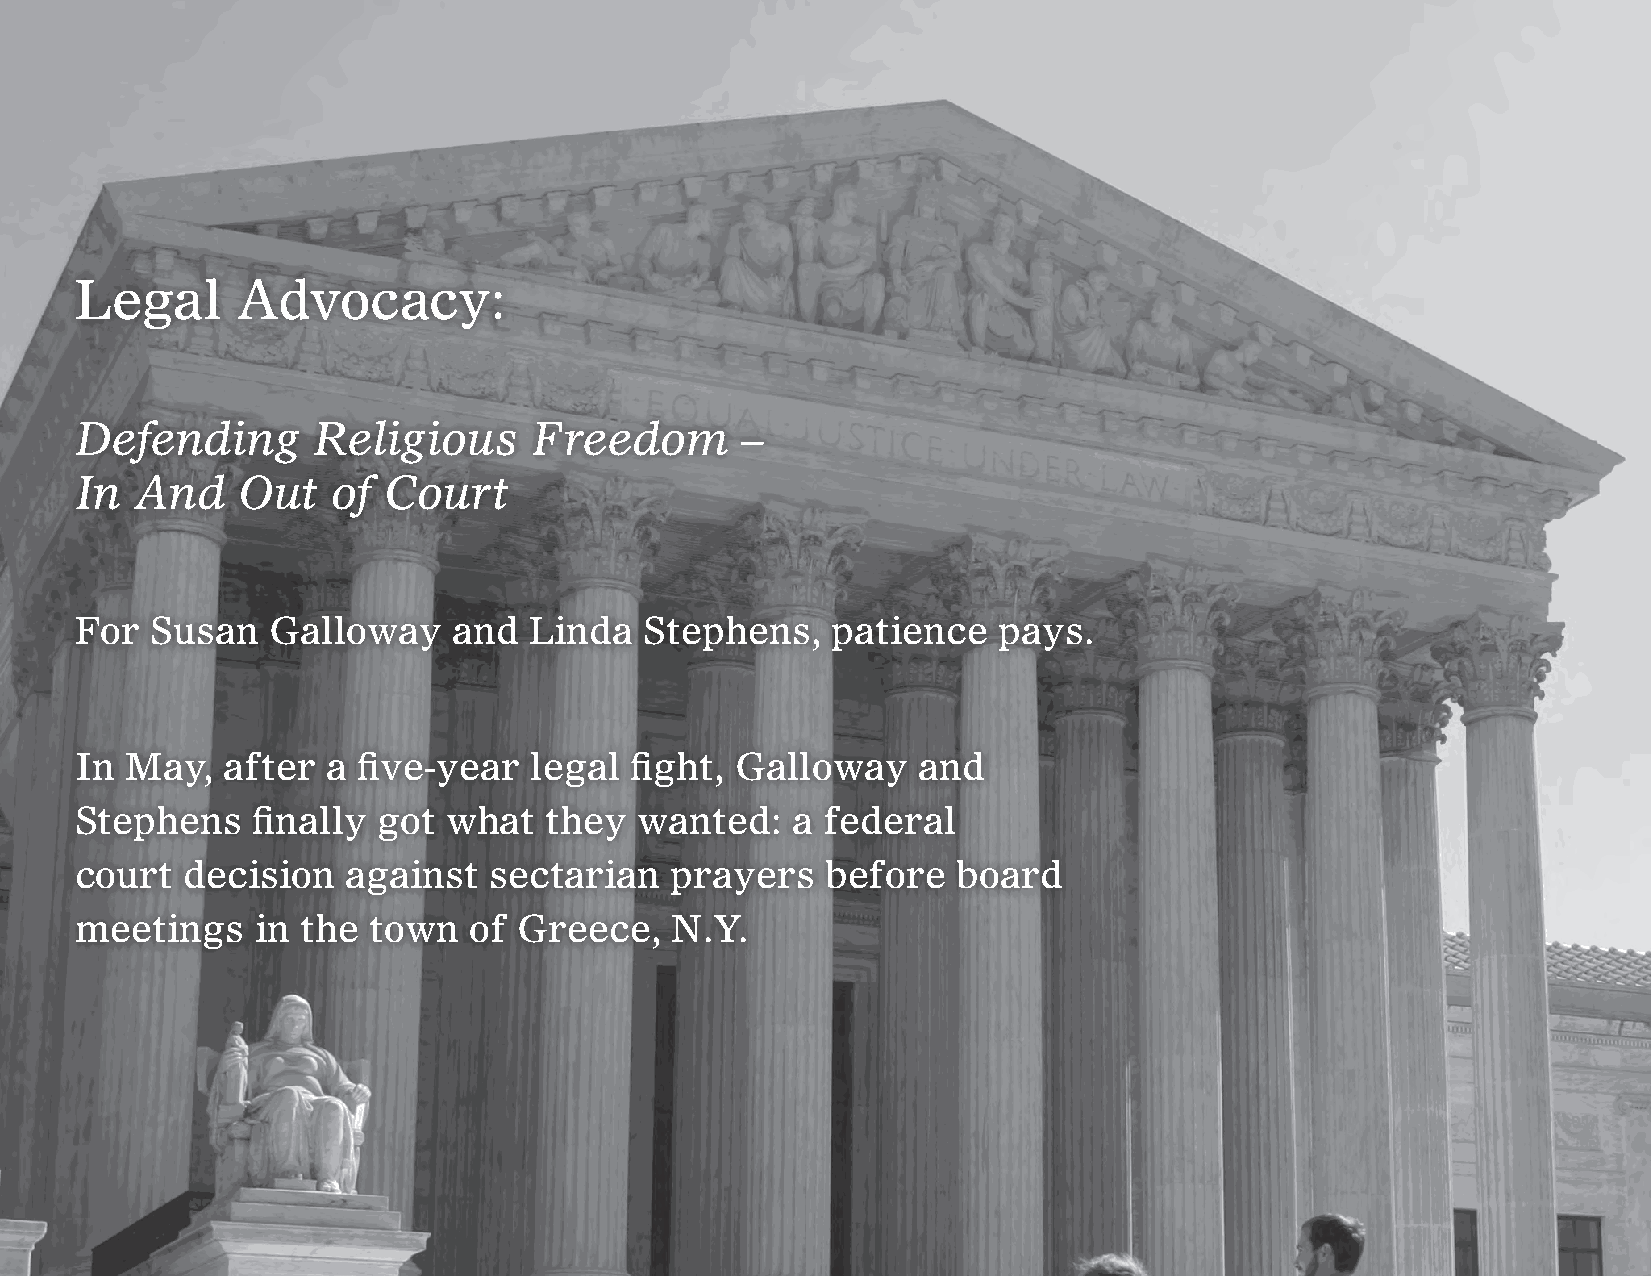
Legal      Advocacy:
 Defending       Religious     Freedom       –
 In  And    Out   of Court
 For  Susan   Galloway    and  Linda   Stephens,   patience   pays.
 In May,   after  a five-year  legal  fight, Galloway    and
 Stephens    finally got  what  they  wanted:   a federal
 court  decision   against  sectarian   prayers    before  board
 meetings    in the town   of Greece,   N.Y.